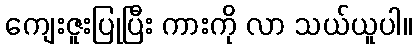
ကျေးဇူးပြုပြီး ကားကို လာ သယ်ယူပါ။